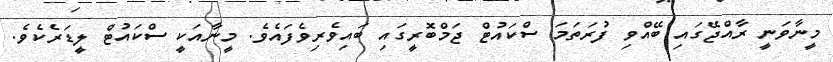
މީނާވަނީ ރާއްޖޭގައި ބޭއްވި ފުރަތަމަ ސްކައުޓް ޖަމްބޮރީގައި ބައިވެރިވެފައެވެ. މީނާއަކީ ސްކައުޓް ލީޑަރެކެވެ.